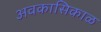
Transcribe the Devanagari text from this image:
अवकासिकाळ